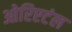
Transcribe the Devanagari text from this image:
ओरिएटंल